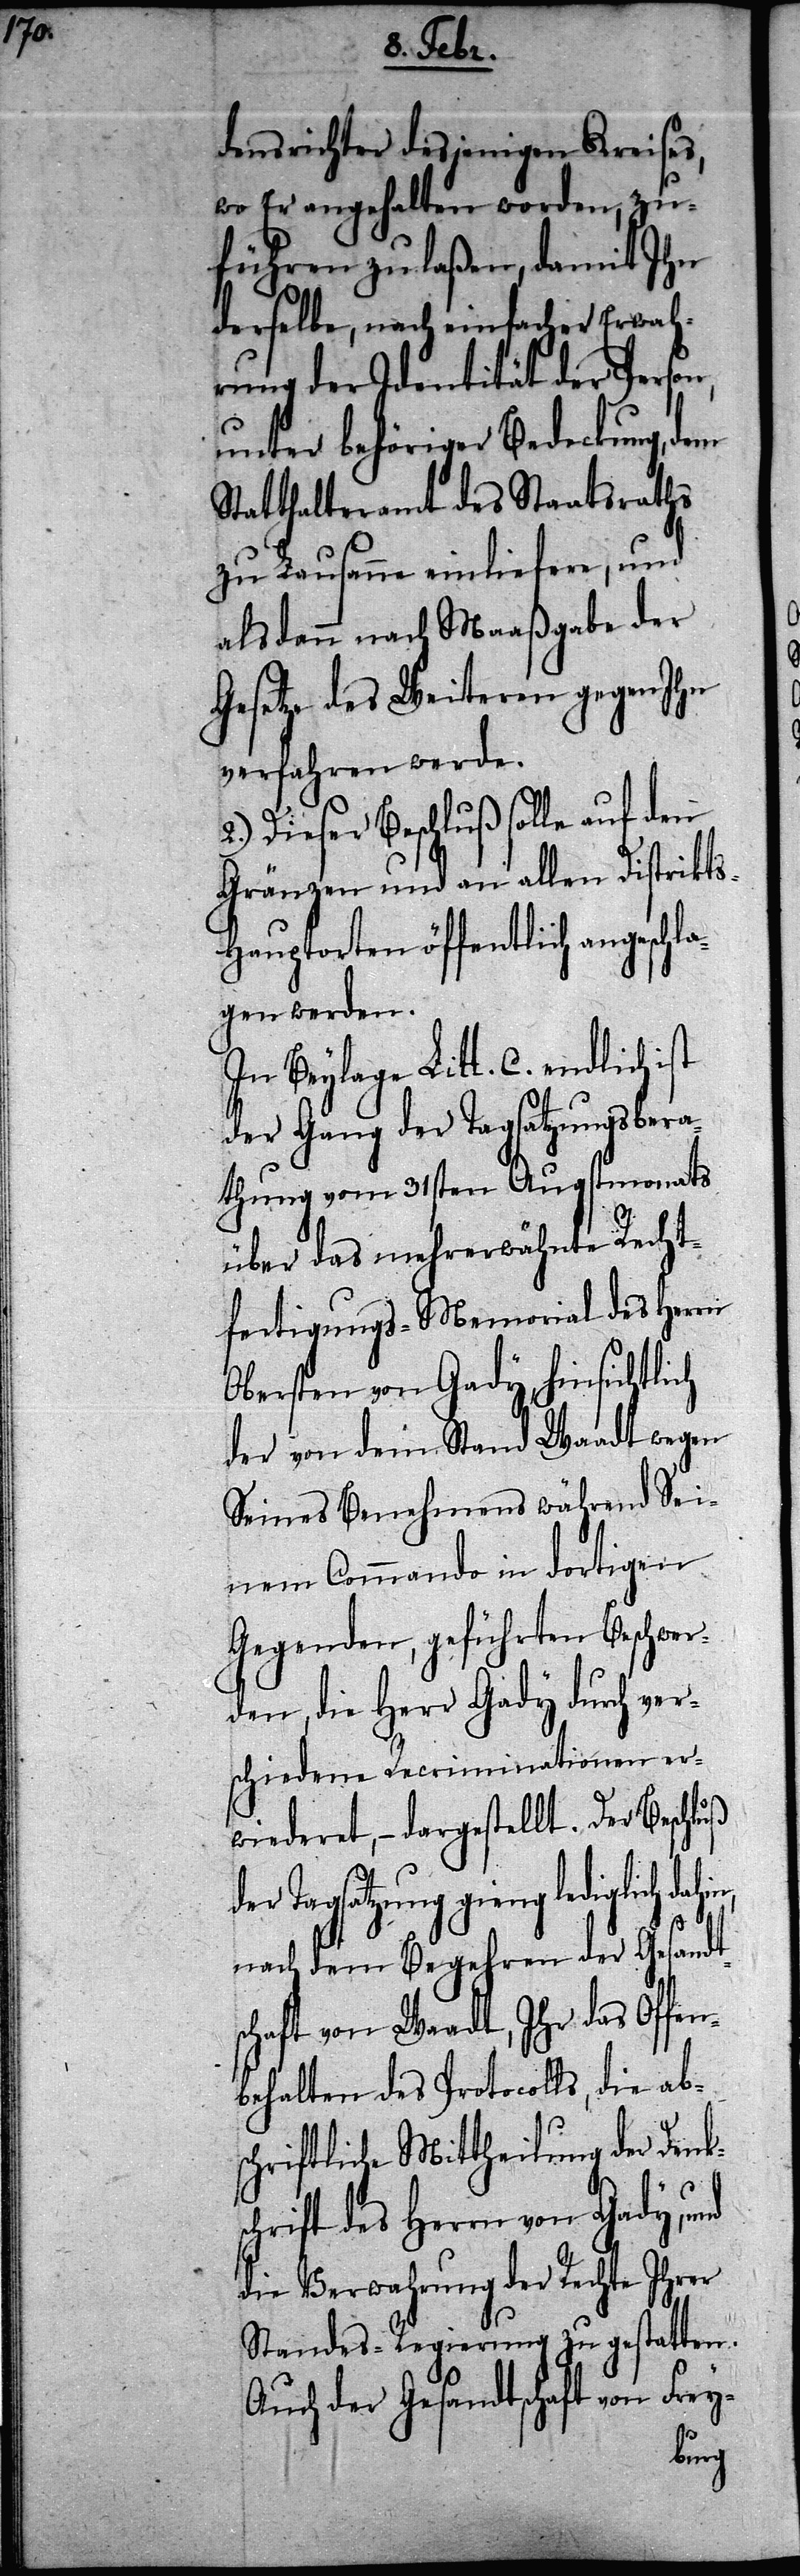
c¬

densrichter desjenigen Kreises,
wo Er angehalten worden, zu¬
führen zu laßen, damit Ihn
derselbe, nach einfacher Erwah¬
rung der Identität der Person,
unter behöriger Bedeckung, dem
Statthalteramt des Staatsraths
zu Lausanne einliefere, und
alsdann nach Maaßgabe der
Gesetze des Weiteren gegen Ihn
verfahren werde.
2.) Dieser Beschluß solle auf den
Gränzen und an allen Distrikt¬
s-Hauptorten öffentlich angeschla¬
gen werden.
In Beylage Litt. C. endlich
der Gang der Tagsatzungsbera¬
thung vom 31sten Augstmonats
über das mehrerwähnte Recht¬
fertigungs-Memorial des Herrn
Obersten von Gady hinsichtlich
der von dem Stand Waadt wegen
Seines Benehmens während Sei¬
nem Commando in dortigen
Gegenden, geführten Beschwer¬
den, die Herr Gady durch ver¬
schiedene Recriminationen er¬
wiederet, – dargestellt. Der Beschluß
der Tagsatzung gieng lediglich da¬
nach dem Begehren der Gesandt¬
schaft von Waadt, Ihr das Offen¬
behalten des Protocolls, die abs¬
chriftliche Mittheilung der Denks¬
hrift des Herrn von Gady, und
die Verwahrung der Rechte Ihrer
Standes-Regierung zu gestatten.
Auch der Gesandtschaft von Frey-
hin,